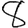
Digit: 8